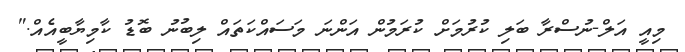
މިއީ އަލް-ނުސްރާ ބަލި ކުރުމަށް ކުރަމުން އަންނަ މަސައްކަތައް ލިބުނު ބޮޑު ކާމިޔާބީއެއް."